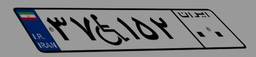
۳۷W۱۵۲۰۰